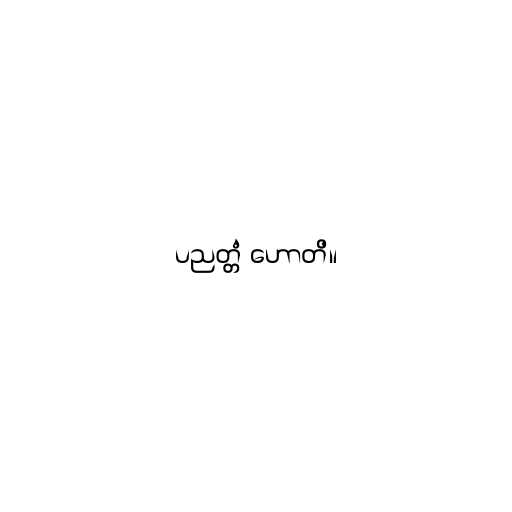
ပညတ္တံ ဟောတိ။